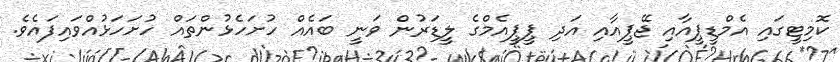
ކޮމިޓީގައި އެމްޑީޕީއާއި ޖޭޕީއާއި އަދި ޕީޕީއެމްގެ ލީޑަރުން ވަނީ ބައެއް ހުށަހެޅުންތައް ހުށަހަޅުއްވައިފައެވެ.